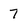
Character: 7